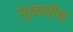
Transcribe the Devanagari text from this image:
मूळचीच